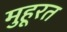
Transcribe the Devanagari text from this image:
मुहूरत